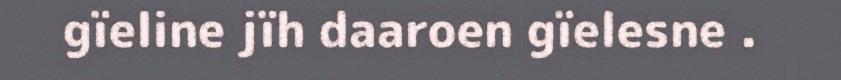
gïeline jïh daaroen gïelesne .